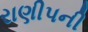
રાણીપની